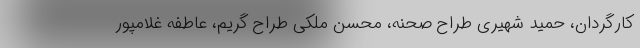
کارگردان، حمید شهیری طراح صحنه، محسن ملکی طراح گریم، عاطفه غلامپور